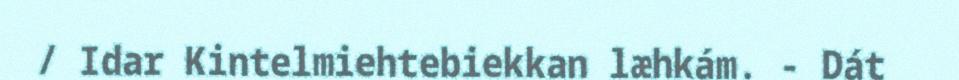
/ Idar Kintelmiehtebiekkan læhkám. - Dát